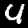
Digit: 4